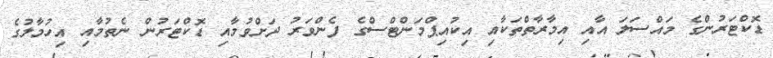
ޑޮކްޓަރުންގެ މައްސަލަ އާއި އިމާރާތްތަކާއި އިކުއިޕްމަންޓްސްގެ ފެންވަރު ދަށްވުމާއި ޑޮކްޓަރުން ނެތުމާއި އިހުމާލުގެ